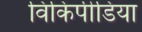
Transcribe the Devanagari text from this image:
विकिपीडिया